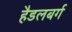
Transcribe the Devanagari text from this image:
हैडलबर्ग